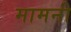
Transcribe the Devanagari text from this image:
मामनी